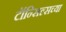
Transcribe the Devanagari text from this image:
टॉन्सिल्सच्या